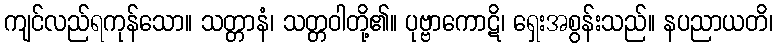
ကျင်လည်ရကုန်သော။ သတ္တာနံ၊ သတ္တဝါတို့၏။ ပုဗ္ဗာကောဋိ၊ ရှေးအစွန်းသည်။ နပညာယတိ၊